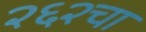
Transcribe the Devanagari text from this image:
२६२चा